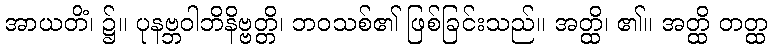
အာယတိံ၊ ၌။ ပုနဗ္ဘဝါဘိနိဗ္ဗတ္တိ၊ ဘဝသစ်၏ ဖြစ်ခြင်းသည်။ အတ္ထိ၊ ၏။ အတ္ထိ တတ္ထ